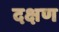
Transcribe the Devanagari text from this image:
दक्षण